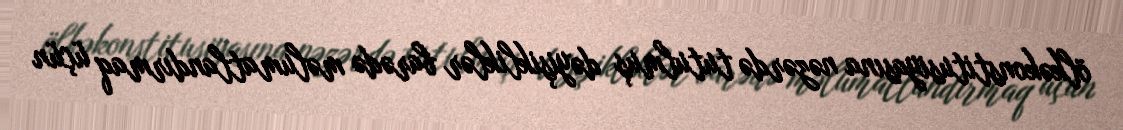
ölkəkonstitusiyasına nəzərdə tutulmuş dəyişikliklər barədə məlumatlandırmaq üçün